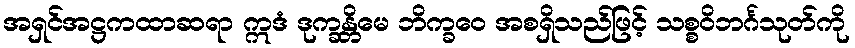
အရှင်အဋ္ဌကထာဆရာ ဣဒံ ဒုက္ခန္တိမေ ဘိက္ခဝေ အစရှိသည်ဖြင့် သစ္စဝိဘင်္ဂသုတ်ကို